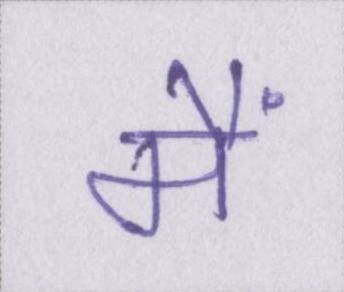
मैं